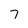
Character: 7